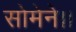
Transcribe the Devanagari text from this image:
सोमेने।।